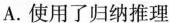
A.使用了归纳推理